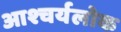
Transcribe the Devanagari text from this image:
आश्चर्यलोक